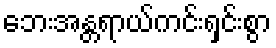
ဘေးအန္တရာယ်ကင်းရှင်းစွာ